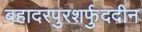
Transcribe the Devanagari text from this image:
बहादरपुरशर्फुददीन